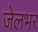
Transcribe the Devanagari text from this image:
जेलभर